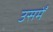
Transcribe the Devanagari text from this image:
उसमेँ